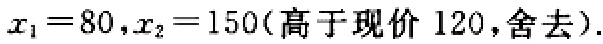
$x_{1}=80,x_{2}=150(高于现价120,舍去).$